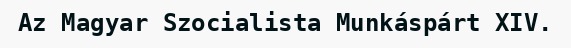
Az Magyar Szocialista Munkáspárt XIV.